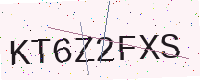
Text: KT6Z2FXS